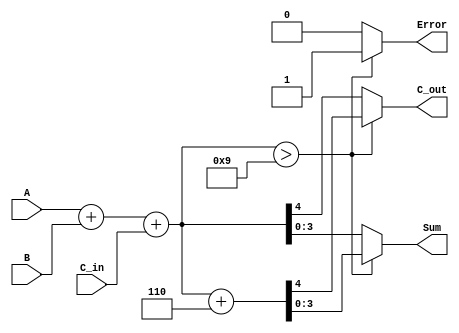
module BCD_Redundant_Binary_Adder (
    input  wire [3:0] A,        // First BCD digit
    input  wire [3:0] B,        // Second BCD digit
    input  wire C_in,           // Carry input
    output reg  [3:0] Sum,      // Resulting BCD digit
    output reg  C_out,          // Carry output
    output reg  Error           // Error flag
);
    
    wire [4:0] temp_sum;        // Temporary sum to hold the addition result
    wire [4:0] corrected_sum;   // Sum after correction
    wire correction_needed;      // Flag to indicate if correction is needed
    
    // Step 1: Add A, B, and C_in
    assign temp_sum = A + B + C_in;
    
    // Step 2: Check if correction is needed (if temp_sum > 9)
    assign correction_needed = temp_sum > 9;
    
    // Step 3: Perform correction if needed
    always @(*) begin
        if (correction_needed) begin
            corrected_sum = temp_sum + 5'd6; // Add 6 to correct BCD
            Sum = corrected_sum[3:0];        // Take lower 4 bits as Sum
            C_out = corrected_sum[4];        // Take carry out from the 5th bit
            Error = 1'b1;                    // Set error flag
        end else begin
            Sum = temp_sum[3:0];             // No correction needed
            C_out = temp_sum[4];             // Carry out is the 5th bit
            Error = 1'b0;                    // No error
        end
    end
    
endmodule